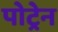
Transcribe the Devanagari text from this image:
पोट्रेन